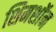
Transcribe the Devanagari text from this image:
शिमशॉन